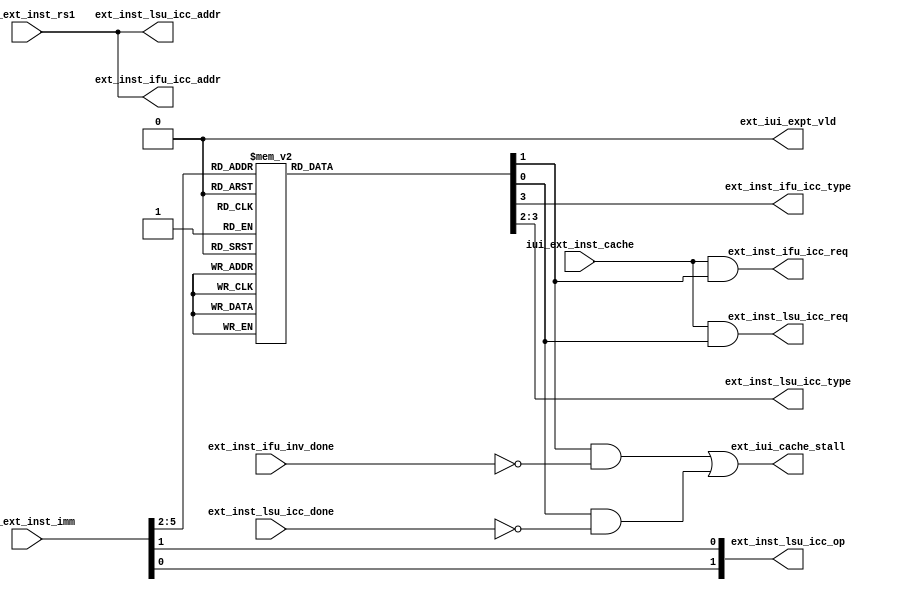
/*Copyright 2020-2021 T-Head Semiconductor Co., Ltd.

Licensed under the Apache License, Version 2.0 (the "License");
you may not use this file except in compliance with the License.
You may obtain a copy of the License at

    http://www.apache.org/licenses/LICENSE-2.0

Unless required by applicable law or agreed to in writing, software
distributed under the License is distributed on an "AS IS" BASIS,
WITHOUT WARRANTIES OR CONDITIONS OF ANY KIND, either express or implied.
See the License for the specific language governing permissions and
limitations under the License.
*/

// &ModuleBeg; @23
module pa_cp0_ext_inst(
  ext_inst_ifu_icc_addr,
  ext_inst_ifu_icc_req,
  ext_inst_ifu_icc_type,
  ext_inst_ifu_inv_done,
  ext_inst_lsu_icc_addr,
  ext_inst_lsu_icc_done,
  ext_inst_lsu_icc_op,
  ext_inst_lsu_icc_req,
  ext_inst_lsu_icc_type,
  ext_iui_cache_stall,
  ext_iui_expt_vld,
  iui_ext_inst_cache,
  iui_ext_inst_imm,
  iui_ext_inst_rs1
);

// &Ports; @24
input           ext_inst_ifu_inv_done; 
input           ext_inst_lsu_icc_done; 
input           iui_ext_inst_cache;   
input   [11:0]  iui_ext_inst_imm;     
input   [31:0]  iui_ext_inst_rs1;     
output  [31:0]  ext_inst_ifu_icc_addr; 
output          ext_inst_ifu_icc_req; 
output          ext_inst_ifu_icc_type; 
output  [31:0]  ext_inst_lsu_icc_addr; 
output  [1 :0]  ext_inst_lsu_icc_op;  
output          ext_inst_lsu_icc_req; 
output  [1 :0]  ext_inst_lsu_icc_type; 
output          ext_iui_cache_stall;  
output          ext_iui_expt_vld;     

// &Regs; @25
reg     [1 :0]  inst_dst;             
reg     [1 :0]  inst_type;            

// &Wires; @26
wire            cache_inst_illegal;   
wire    [1 :0]  cache_inst_op;        
wire            cache_inst_rs1;       
wire    [2 :0]  cache_inst_type;      
wire    [31:0]  ext_inst_ifu_icc_addr; 
wire            ext_inst_ifu_icc_req; 
wire            ext_inst_ifu_icc_type; 
wire            ext_inst_ifu_inv_done; 
wire    [31:0]  ext_inst_lsu_icc_addr; 
wire            ext_inst_lsu_icc_done; 
wire    [1 :0]  ext_inst_lsu_icc_op;  
wire            ext_inst_lsu_icc_req; 
wire    [1 :0]  ext_inst_lsu_icc_type; 
wire            ext_iui_cache_stall;  
wire            ext_iui_expt_vld;     
wire            iui_ext_inst_cache;   
wire    [11:0]  iui_ext_inst_imm;     
wire    [31:0]  iui_ext_inst_rs1;     


parameter CPU_MODE_U = 2'b00;

parameter NOP    = 2'b00,
          DCHE   = 2'b01,
          ICHE   = 2'b10;

parameter CACHE_ALL    = 2'b0,
          CACHE_SETWAY = 2'b01,
          CACHE_PA     = 2'b10;

//==========================================================
//                   Cache Inst Decode
//==========================================================
assign cache_inst_op[1:0]   = iui_ext_inst_imm[1:0];
assign cache_inst_type[2:0] = iui_ext_inst_imm[4:2];
assign cache_inst_rs1       = iui_ext_inst_imm[5];
// &Force("bus", "iui_ext_inst_imm", 11, 0); @44

// &CombBeg; @46
always @( cache_inst_rs1
       or cache_inst_type[2:0])
begin
  case({cache_inst_rs1, cache_inst_type[2:0]})
    4'b0_000: begin
      inst_dst[1:0]  = DCHE;
      inst_type[1:0] = CACHE_ALL;
    end
    4'b1_000: begin
      inst_dst[1:0]  = DCHE;
      inst_type[1:0] = CACHE_SETWAY;
    end
    4'b1_001: begin
      inst_dst[1:0]  = NOP;
      inst_type[1:0] = CACHE_ALL;
    end
    4'b1_010: begin
      inst_dst[1:0]  = DCHE;
      inst_type[1:0] = CACHE_PA;
    end
    4'b0_100: begin
      inst_dst[1:0]  = ICHE;
      inst_type[1:0] = CACHE_ALL;
    end
    4'b1_110: begin
      inst_dst[1:0]  = ICHE;
      inst_type[1:0] = CACHE_PA;
    end
    4'b1_100: begin
      inst_dst[1:0]  = NOP;
      inst_type[1:0] = CACHE_ALL;
    end
    4'b0_101: begin
      inst_dst[1:0]  = NOP;
      inst_type[1:0] = CACHE_ALL;
    end
    default: begin
      inst_dst[1:0]  = NOP;
      inst_type[1:0] = CACHE_ALL;
    end
  endcase
// &CombEnd; @85
end

// assign cache_inst_illegal     = cp0_yy_priv_mode[1:0] == CPU_MODE_U;
assign cache_inst_illegal     = 1'b0; // Now illegal judge is in ID.

assign ext_iui_expt_vld       = cache_inst_illegal;
assign ext_iui_cache_stall    = inst_dst[1] && !ext_inst_ifu_inv_done
                             || inst_dst[0] && !ext_inst_lsu_icc_done;

//==========================================================
//                  Dcache inst
//==========================================================
assign ext_inst_lsu_icc_req        = iui_ext_inst_cache && inst_dst[0] && !cache_inst_illegal;
assign ext_inst_lsu_icc_type[1:0]  = inst_type[1:0];
assign ext_inst_lsu_icc_op[1:0]    = {cache_inst_op[0], cache_inst_op[1]};
assign ext_inst_lsu_icc_addr[31:0] = iui_ext_inst_rs1[31:0];

//==========================================================
//                  Icache inst
//==========================================================
assign ext_inst_ifu_icc_req        = iui_ext_inst_cache && inst_dst[1] && !cache_inst_illegal;
assign ext_inst_ifu_icc_type       = inst_type[1];
assign ext_inst_ifu_icc_addr[31:0] = iui_ext_inst_rs1[31:0];

// &ModuleEnd; @111
endmodule